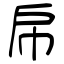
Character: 帍